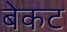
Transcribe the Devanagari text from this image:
बेकट